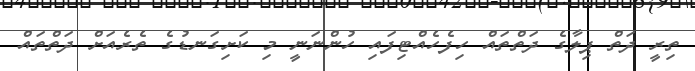
ތިރީ ދަތް ޕިލާގެ ދަތްތައް ހިފެހެއްޓިފައި ހުންނަނީ މި ކަށިގަނޑުގެ ތެރެއަށް ދަތްތައް